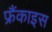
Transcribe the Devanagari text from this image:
फ्रैंकाइस